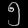
Digit: ၅